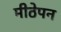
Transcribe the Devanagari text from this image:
मीठेपन